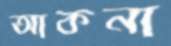
আকনা